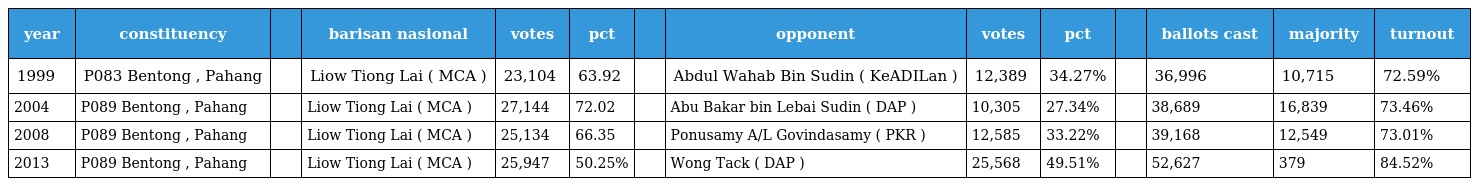
| year | constituency |  | barisan nasional | votes | pct |  | opponent | votes | pct |  | ballots cast | majority | turnout |
 | --- | --- | --- | --- | --- | --- | --- | --- | --- | --- | --- | --- | --- | --- |
 | 1999 | P083 Bentong , Pahang |  | Liow Tiong Lai ( MCA ) | 23,104 | 63.92 |  | Abdul Wahab Bin Sudin ( KeADILan ) | 12,389 | 34.27% |  | 36,996 | 10,715 | 72.59% |
 | 2004 | P089 Bentong , Pahang |  | Liow Tiong Lai ( MCA ) | 27,144 | 72.02 |  | Abu Bakar bin Lebai Sudin ( DAP ) | 10,305 | 27.34% |  | 38,689 | 16,839 | 73.46% |
 | 2008 | P089 Bentong , Pahang |  | Liow Tiong Lai ( MCA ) | 25,134 | 66.35 |  | Ponusamy A/L Govindasamy ( PKR ) | 12,585 | 33.22% |  | 39,168 | 12,549 | 73.01% |
 | 2013 | P089 Bentong , Pahang |  | Liow Tiong Lai ( MCA ) | 25,947 | 50.25% |  | Wong Tack ( DAP ) | 25,568 | 49.51% |  | 52,627 | 379 | 84.52% |